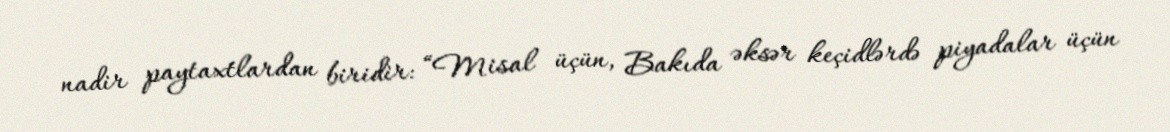
nadir paytaxtlardan biridir: “Misal üçün, Bakıda əksər keçidlərdə piyadalar üçün